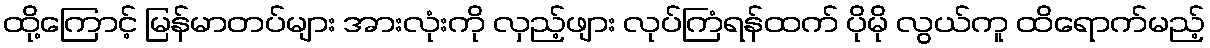
ထို့ကြောင့် မြန်မာတပ်များ အားလုံးကို လှည့်ဖျား လုပ်ကြံရန်ထက် ပိုမို လွယ်ကူ ထိရောက်မည့်